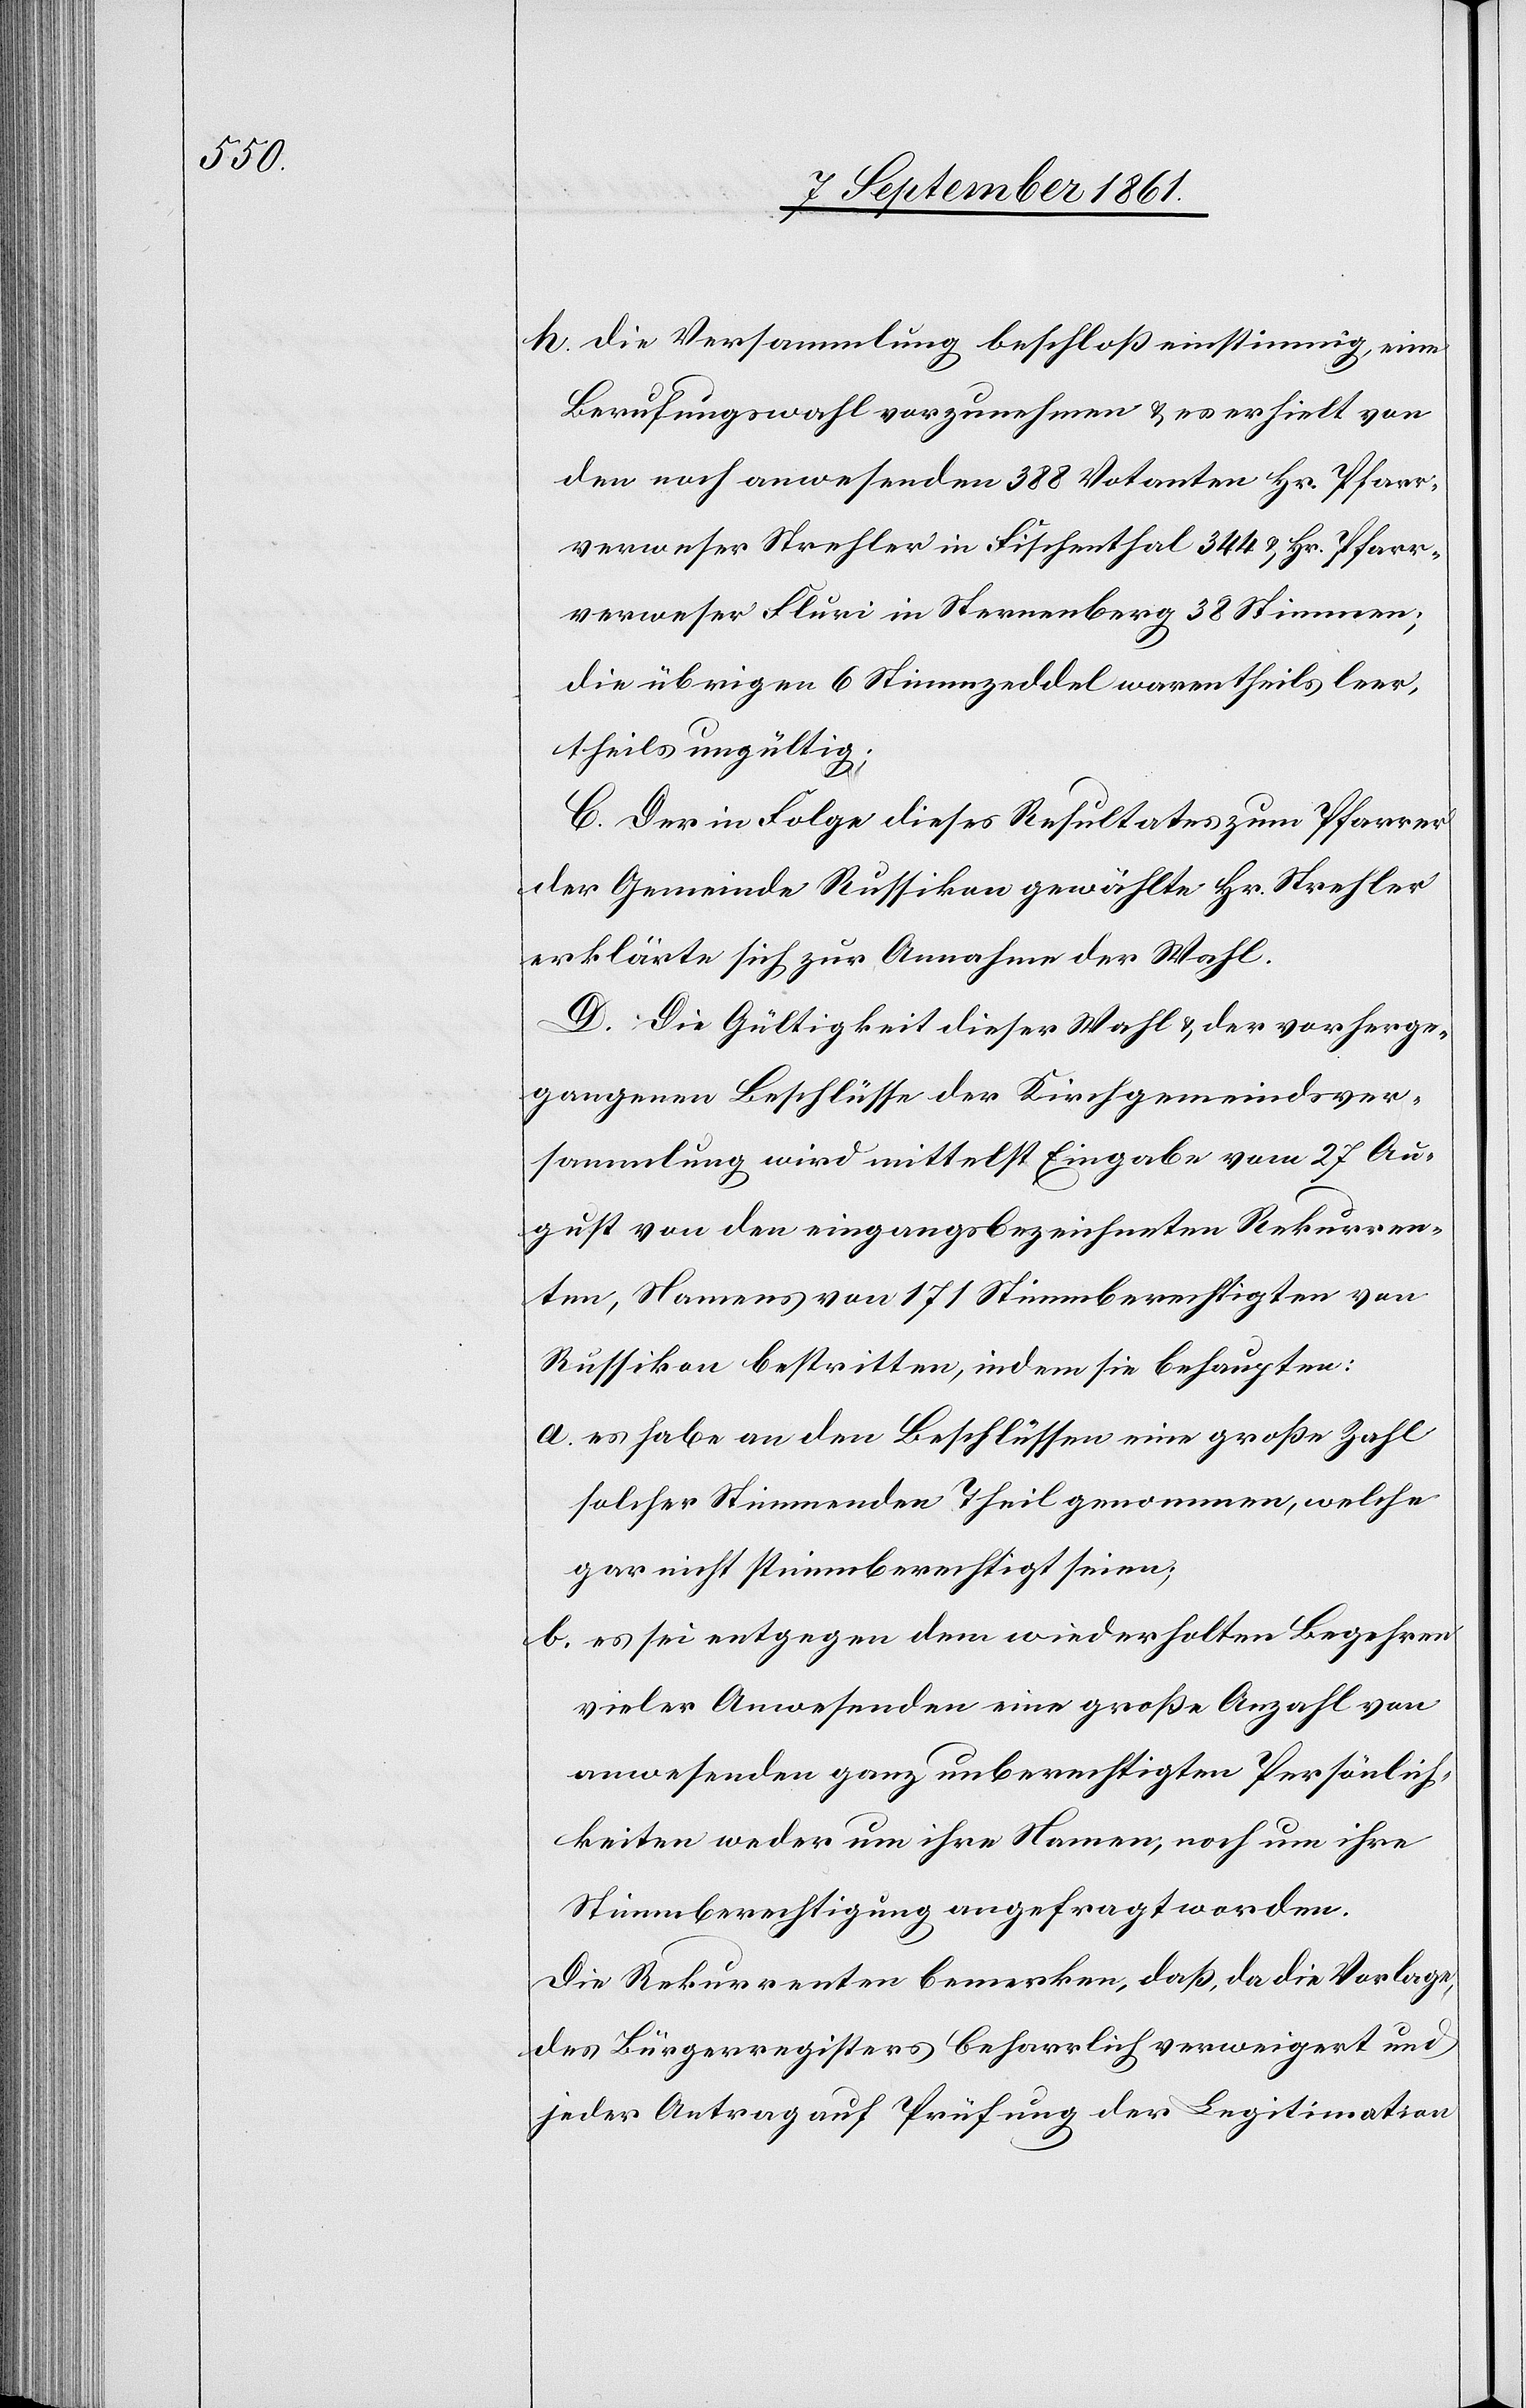
h. die Versammlung beschloß einstimmig, eine
Berufungswahl vorzunehmen u. es erhielt von
den noch anwesenden 388 Votanten Hr. Pfarr¬
verweser Strehler in Fischenthal 344 u. Hr. Pfarr¬
verweser Fluri in Sternenberg 38 Stimmen;
die übrigen 6 Stimmzeddel waren theils leer,
theils ungültig;
C. Der in Folge dieses Resultates zum Pfarrer
der Gemeinde Russikon gewählte Hr. Strehler
erklärte sich zur Annahme der Wahl.
D. Die Gültigkeit dieser Wahl u. der vorherge¬
gangenen Beschlüsse der Kirchgemeindever¬
sammlung wird mittelst Eingabe vom 27 Au¬
gust von den eingangsbezeichneten Rekurren¬
ten, Namens von 171 Stimmberechtigten von
Russikon bestritten, indem sie behaupten:
a. es habe an den Beschlüssen eine große Zahl
solcher Stimmenden Theil genommen, welche
gar nicht stimmberechtigt seien;
b. es sei entgegen dem wiederholten Begehren
vieler Anwesenden eine große Anzahl von
anwesenden ganz unberechtigten Persönlich¬
keiten weder um ihre Namen, noch um ihre
Stimmberechtigung angefragt worden.
Die Rekurrenten bemerken, daß, da die Vorlage,
des Bürgerregisters beharrlich verweigert und
jeder Antrag auf Prüfung der Legitimation